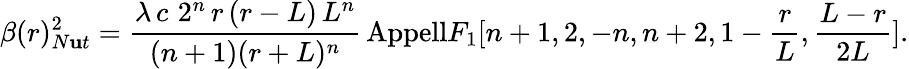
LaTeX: \beta(r)_{N\mathbf{u}t}^{2}=\frac{{\lambda\, c\, \, 2^{n}\, r\, (r-L)\, L^{n}}}{{(n+1)(r+L)^{n}}}\, \mathrm{{{Appell}}}F_{1}[n+1,2,-n,n+2,1-\frac{{r}}{{L}},\frac{{L-r}}{{2L}}].